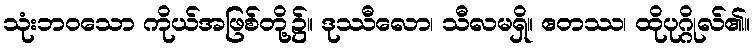
သုံးဘဝသော ကိုယ်အဖြစ်တို့၌။ ဒုဿီလော၊ သီလမရှိ။ ဧတဿ၊ ထိုပုဂ္ဂိုလ်၏။